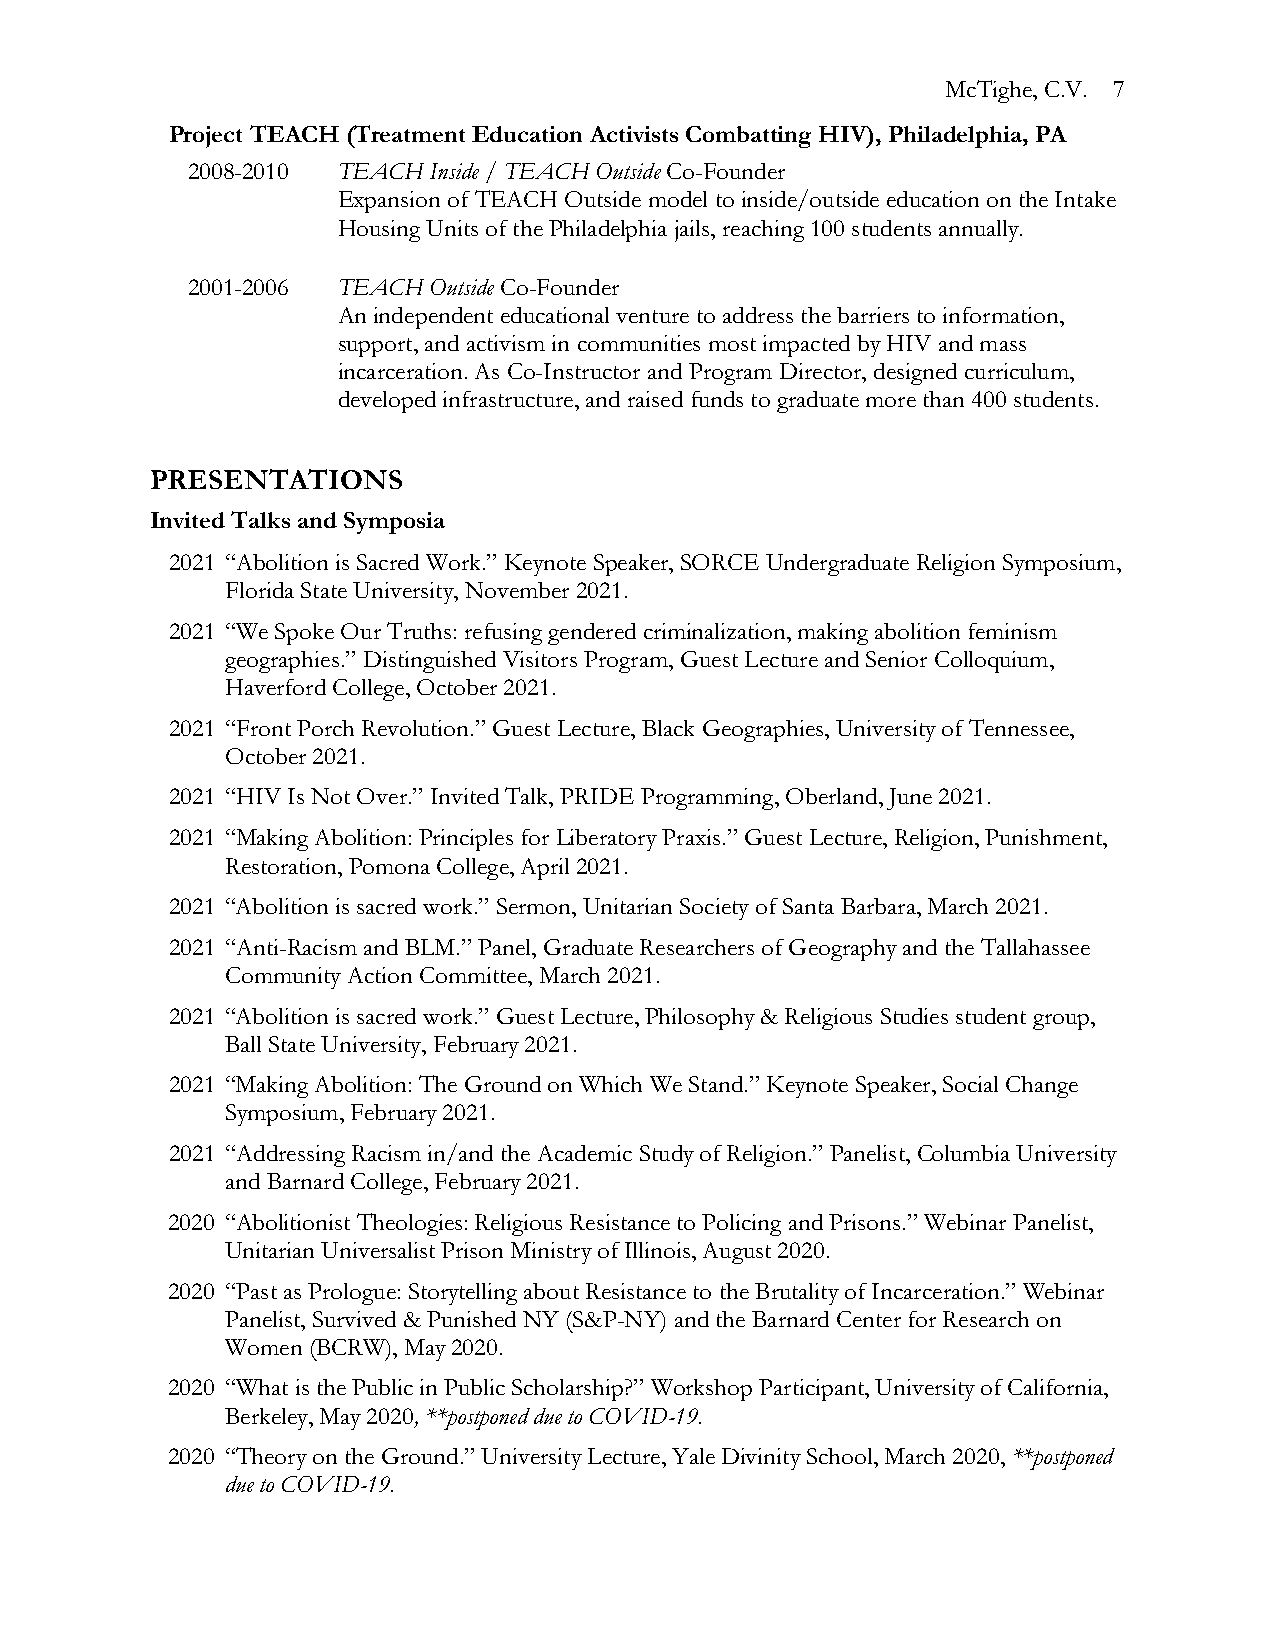
McTighe, C.V. 7
 Project TEACH (Treatment Education Activists Combatting HIV), Philadelphia, PA
 2008-2010 TEACH Inside / TEACH Outside Co-Founder
 Expansion of TEACH Outside model to inside/outside education on the Intake
 Housing Units of the Philadelphia jails, reaching 100 students annually.
 2001-2006 TEACH Outside Co-Founder
 An independent educational venture to address the barriers to information,
 support, and activism in communities most impacted by HIV and mass
 incarceration. As Co-Instructor and Program Director, designed curriculum,
 developed infrastructure, and raised funds to graduate more than 400 students.
 PRESENTATIONS
 Invited Talks and Symposia
 2021 “Abolition is Sacred Work.” Keynote Speaker, SORCE Undergraduate Religion Symposium,
 Florida State University, November 2021.
 2021 “We Spoke Our Truths: refusing gendered criminalization, making abolition feminism
 geographies.” Distinguished Visitors Program, Guest Lecture and Senior Colloquium,
 Haverford College, October 2021.
 2021 “Front Porch Revolution.” Guest Lecture, Black Geographies, University of Tennessee,
 October 2021.
 2021 “HIV Is Not Over.” Invited Talk, PRIDE Programming, Oberland, June 2021.
 2021 “Making Abolition: Principles for Liberatory Praxis.” Guest Lecture, Religion, Punishment,
 Restoration, Pomona College, April 2021.
 2021 “Abolition is sacred work.” Sermon, Unitarian Society of Santa Barbara, March 2021.
 2021 “Anti-Racism and BLM.” Panel, Graduate Researchers of Geography and the Tallahassee
 Community Action Committee, March 2021.
 2021 “Abolition is sacred work.” Guest Lecture, Philosophy & Religious Studies student group,
 Ball State University, February 2021.
 2021 “Making Abolition: The Ground on Which We Stand.” Keynote Speaker, Social Change
 Symposium, February 2021.
 2021 “Addressing Racism in/and the Academic Study of Religion.” Panelist, Columbia University
 and Barnard College, February 2021.
 2020 “Abolitionist Theologies: Religious Resistance to Policing and Prisons.” Webinar Panelist,
 Unitarian Universalist Prison Ministry of Illinois, August 2020.
 2020 “Past as Prologue: Storytelling about Resistance to the Brutality of Incarceration.” Webinar
 Panelist, Survived & Punished NY (S&P-NY) and the Barnard Center for Research on
 Women (BCRW), May 2020.
 2020 “What is the Public in Public Scholarship?” Workshop Participant, University of California,
 Berkeley, May 2020, **postponed due to COVID-19.
 2020 “Theory on the Ground.” University Lecture, Yale Divinity School, March 2020, **postponed
 due to COVID-19.